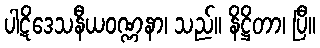
ပါဋိဒေသနီယဝဏ္ဏနာ၊ သည်။ နိဋ္ဌိတာ၊ ပြီ။